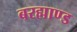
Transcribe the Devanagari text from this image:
बरह्माण्ड